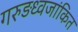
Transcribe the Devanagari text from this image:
गरुड़ध्वजांकित